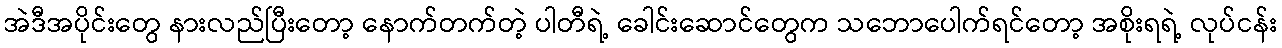
အဲဒီအပိုင်းတွေ နားလည်ပြီးတော့ နောက်တက်တဲ့ ပါတီရဲ့ ခေါင်းဆောင်တွေက သဘောပေါက်ရင်တော့ အစိုးရရဲ့ လုပ်ငန်း